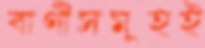
বাণীসমূহই